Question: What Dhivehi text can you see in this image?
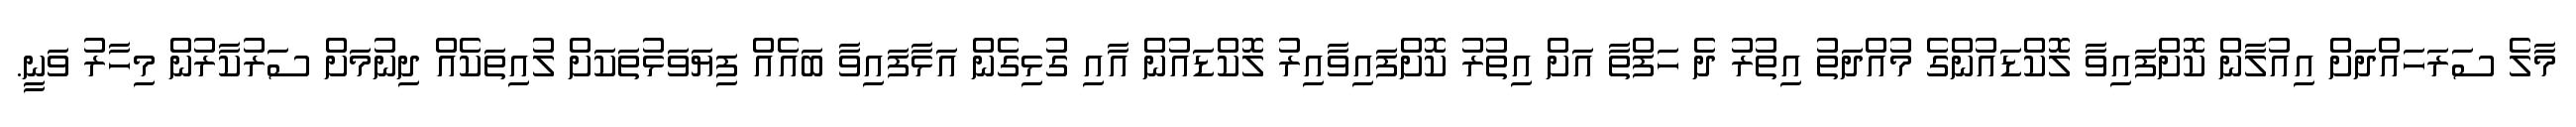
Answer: މާލެ ސަރަހައްދަށް އިއުލާން ކޮށްފައިވާ ލޮކްޑައުންގެ މުއްދަތު އިތުރު ދެ ހަފްތާ އަށް އިތުރު ކޮށްފައިވާއިރު ލޮކްޑައުން އާއި ގުޅިގެން އަޅާފައިވާ ބައެއް ފިޔަވަޅުތަކަށް ލުއިތަކެއް ދިނުމަށް ސަރުކާރުން މިހާރު ވަނީ.